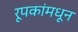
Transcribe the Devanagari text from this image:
रूपकांमधून